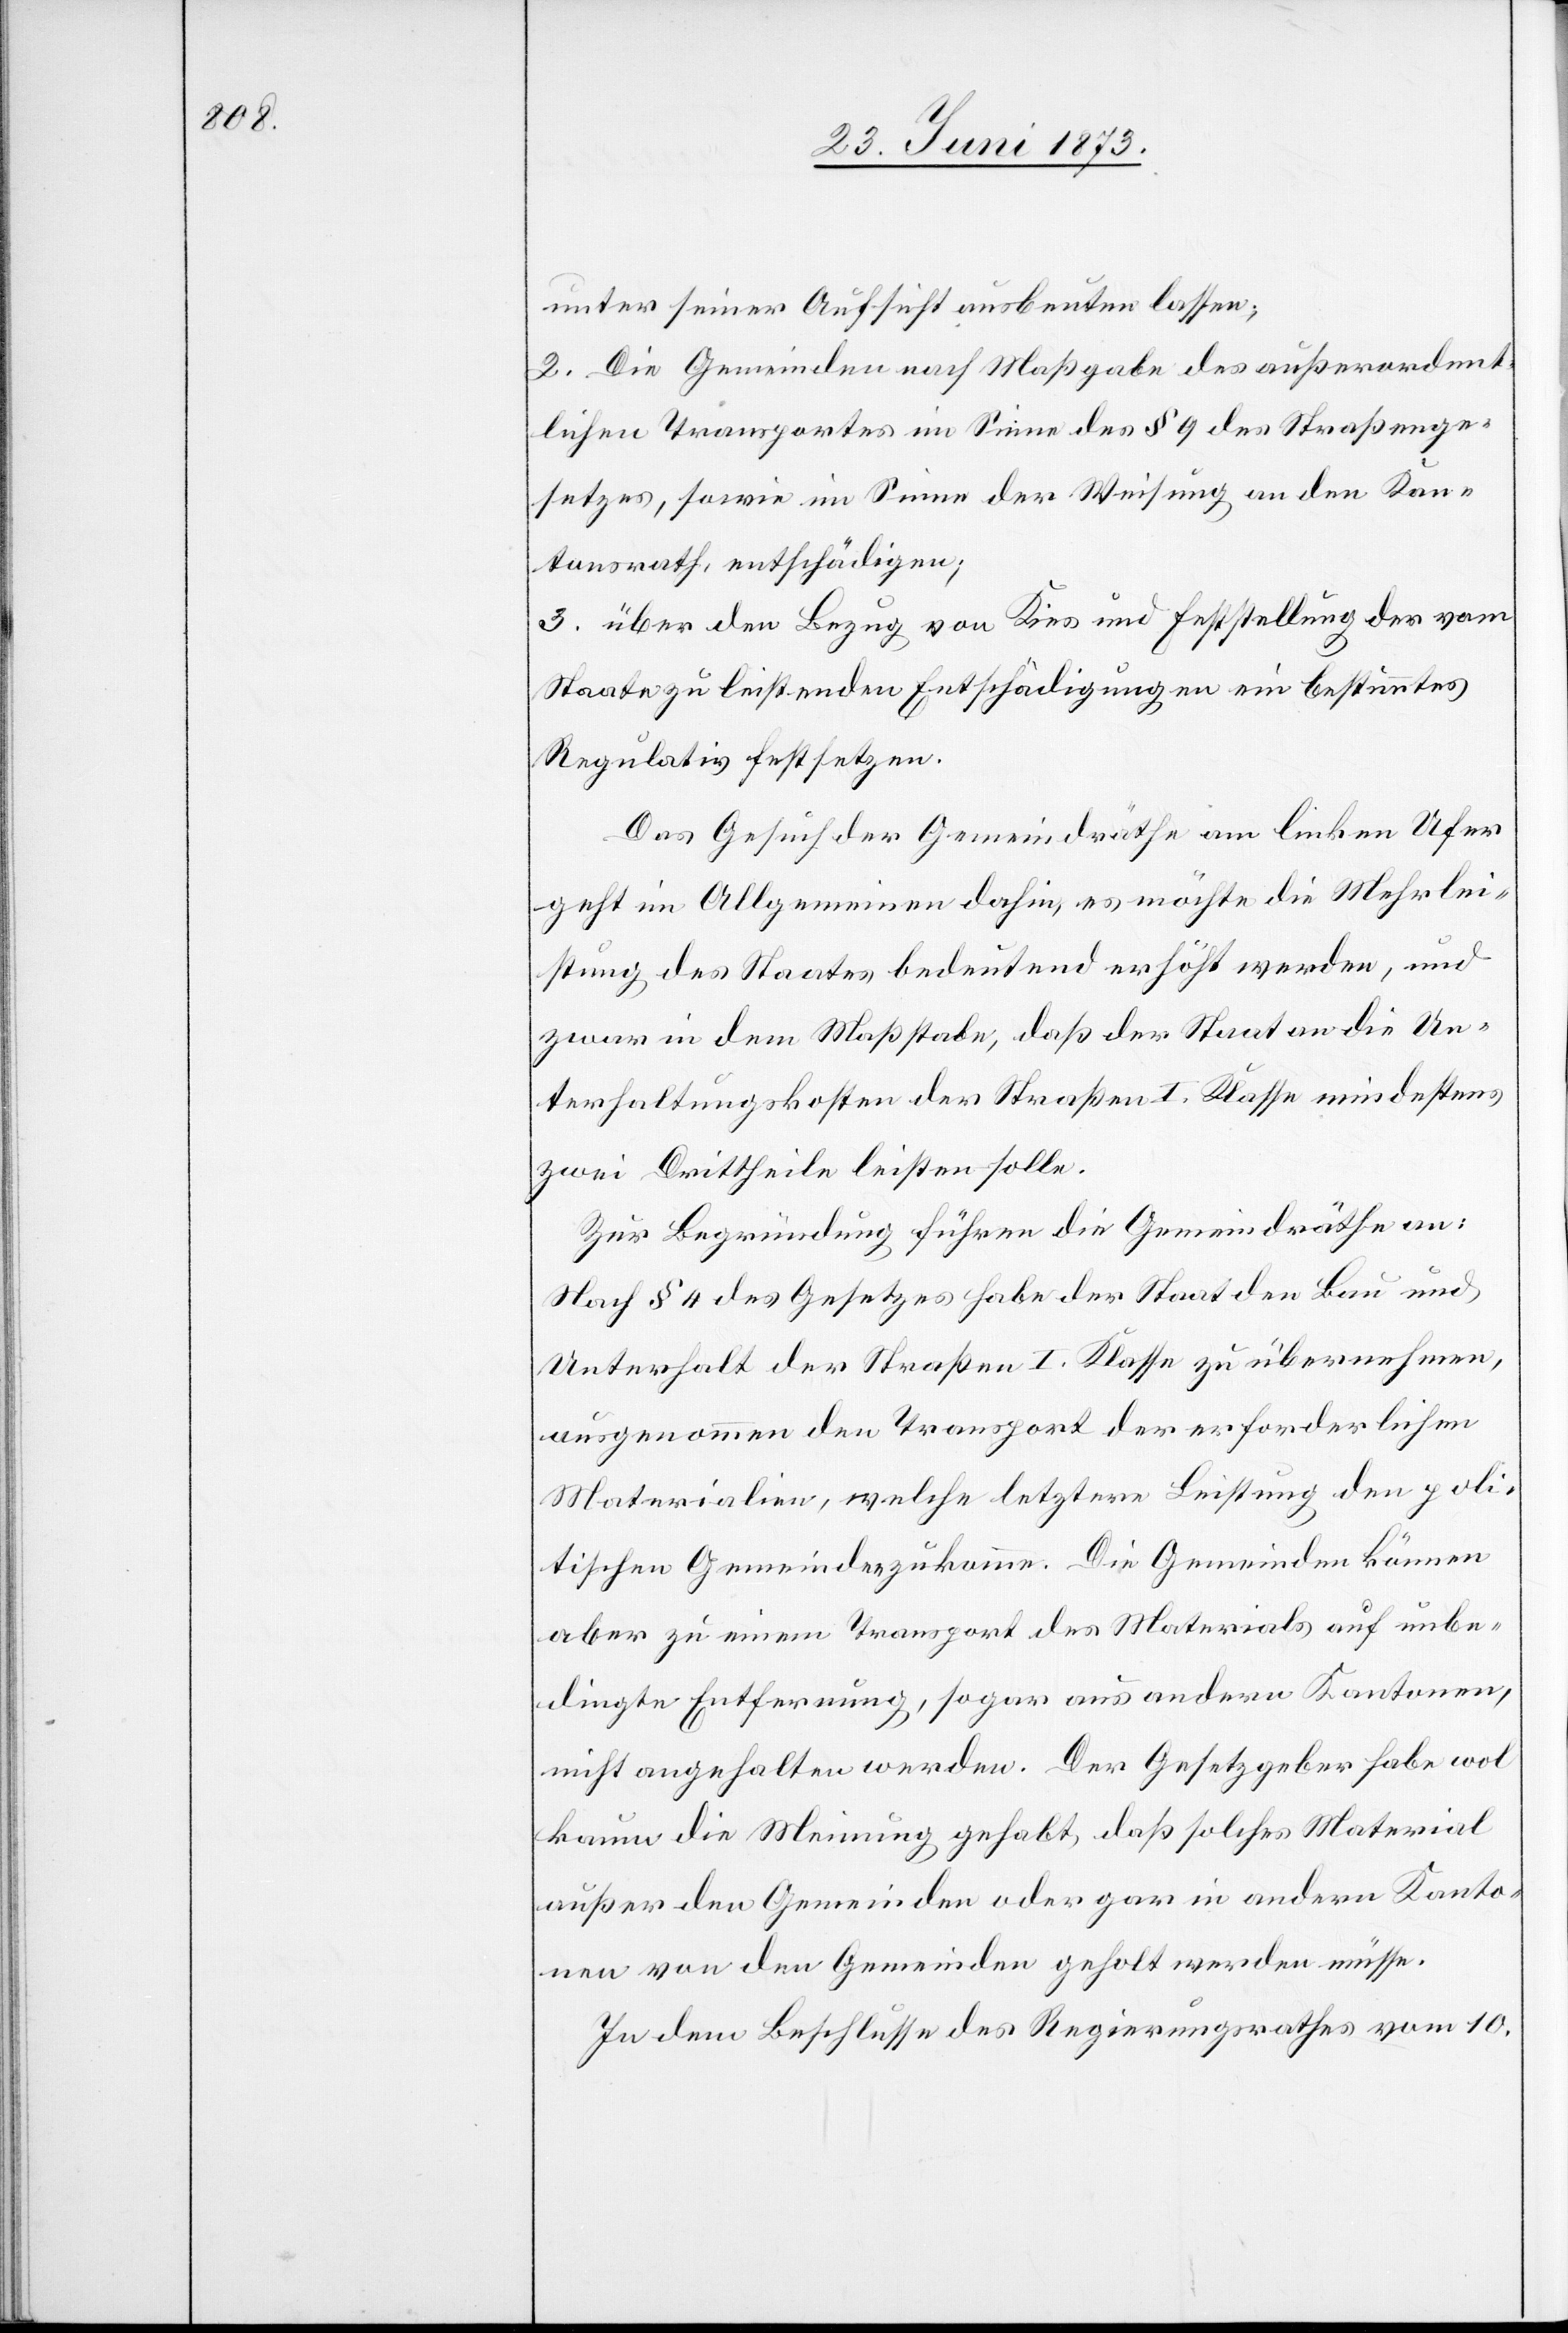
unter seiner Aufsicht ausbeuten lassen;
2. Die Gemeinden nach Maßgabe des außerordent¬
lichen Transportes im Sinne des § 9 des Straßenge¬
setzes, sowie im Sinne der Weisung an den Kan¬
tonsrath, entschädigen;
3. über den Bezug von Kies und Feststellung der vom
Staate zu leistenden Entschädigungen ein bestimmtes
Regulativ festsetzen.
Das Gesuch der Gemeindräthe am linken Ufer
geht im Allgemeinen dahin, es möchte die Mehrlei¬
stung des Staates bedeutend erhöht werden, und
zwar in dem Maßstabe, daß der Staat an die Un¬
terhaltungskosten der Straßen I. Klasse mindestens
zwei Drittheile leisten solle.
Zur Begründung führen die Gemeindräthe an:
Nach § 4 des Gesetzes habe der Staat den Bau und
Unterhalt der Straßen I. Klasse zu übernehmen,
ausgenommen den Transport der erforderlichen
Materialien, welche letztere Leistung den poli¬
tischen Gemeinden zukomme. Die Gemeinden können
aber zu einem Transport des Materials auf unbe¬
dingte Entfernung, sogar aus andern Kantonen,
nicht angehalten werden. Der Gesetzgeber habe wol
kaum die Meinung gehabt, daß solches Material
außer den Gemeinden oder gar in anderen Kanto¬
nen von den Gemeinden geholt werden müsse.
In dem Beschlusse des Regierungsrathes vom 10.